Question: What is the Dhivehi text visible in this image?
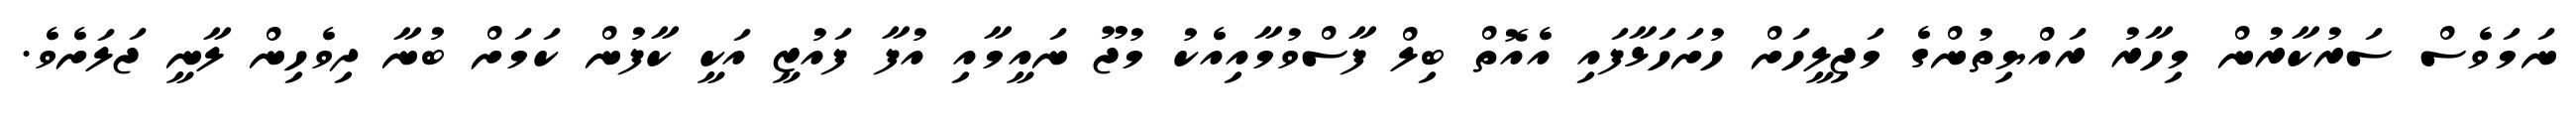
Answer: ނަމަވެސް ސަރުކާރުން މިހާރު ރައްޔިތުންގެ މަޖިލީހަށް ހުށަހަޅާފައި އެއޮތް ބިލް ފާސްވުމާއިއެކު މުޖޫ ނައީމާއި އުފާ ފައުޒީ އަކީ ކާފުން ކަމަށް ބުނާ ދިވެހިން ލާނީ ޖަލަށެވެ.